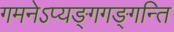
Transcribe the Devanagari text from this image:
गमनेऽप्यङ्गगङ्गन्ति